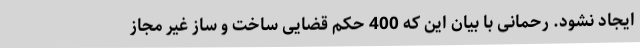
ایجاد نشود. رحمانی با بیان این که 400 حکم قضایی ساخت و ساز غیر مجاز